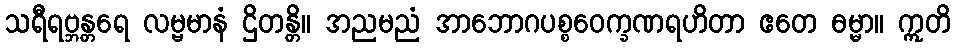
သရီရဗ္ဘန္တရေ လမ္ဗမာနံ ဌိတန္တိ။ အညမညံ အာဘောဂပစ္စဝေက္ခဏရဟိတာ ဧတေ ဓမ္မာ။ ဣတိ